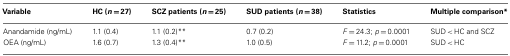
<table><thead><tr><td><b>Variable</b></td><td><b>HC (<i>n</i> = 27)</b></td><td><b>SCZ patients (<i>n</i> = 25)</b></td><td><b>SUD patients (<i>n</i> = 38)</b></td><td><b>Statistics</b></td><td><b>Multiple comparison*</b></td></tr></thead><tbody><tr><td>Anandamide (ng/mL)</td><td>1.1 (0.4)</td><td>1.1 (0.2)**</td><td>0.7 (0.2)</td><td><i>F</i> = 24.3; <i>p</i> = 0.0001</td><td>SUD &lt; HC and SCZ</td></tr><tr><td>OEA (ng/mL)</td><td>1.6 (0.7)</td><td>1.3 (0.4)**</td><td>1.0 (0.5)</td><td><i>F</i> = 11.2; <i>p</i> = 0.0001</td><td>SUD &lt; HC</td></tr></tbody></table>